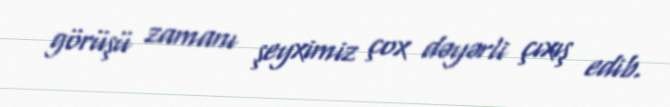
görüşü zamanı şeyximiz çox dəyərli çıxış edib.